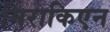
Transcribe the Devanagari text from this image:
मिराकिएन